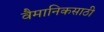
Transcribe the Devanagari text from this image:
वैमानिकसाठी